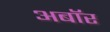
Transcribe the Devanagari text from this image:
अबॉर